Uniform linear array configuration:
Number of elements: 16
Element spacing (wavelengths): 1
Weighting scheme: cosine
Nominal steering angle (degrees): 60
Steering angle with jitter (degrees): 61.661
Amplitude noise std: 0.05
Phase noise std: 0.05

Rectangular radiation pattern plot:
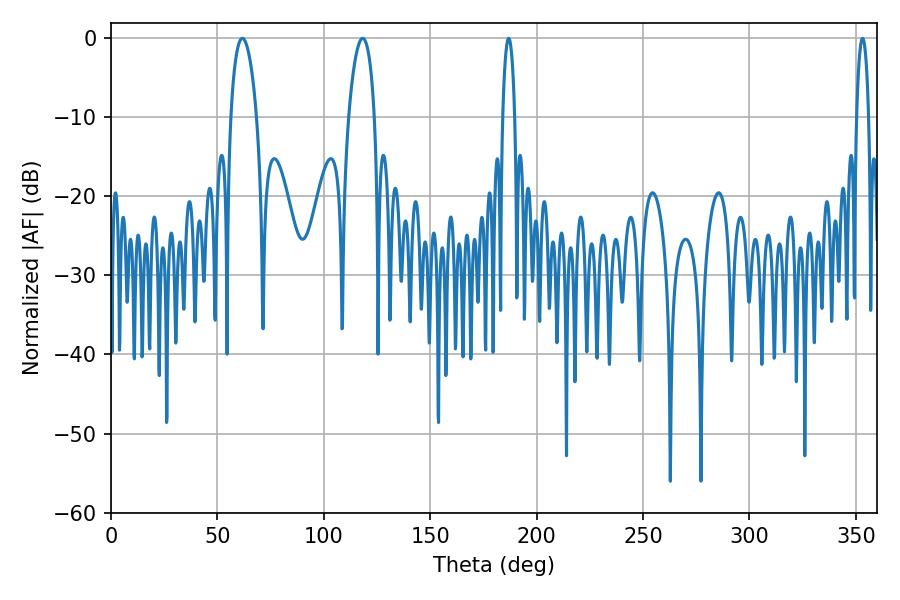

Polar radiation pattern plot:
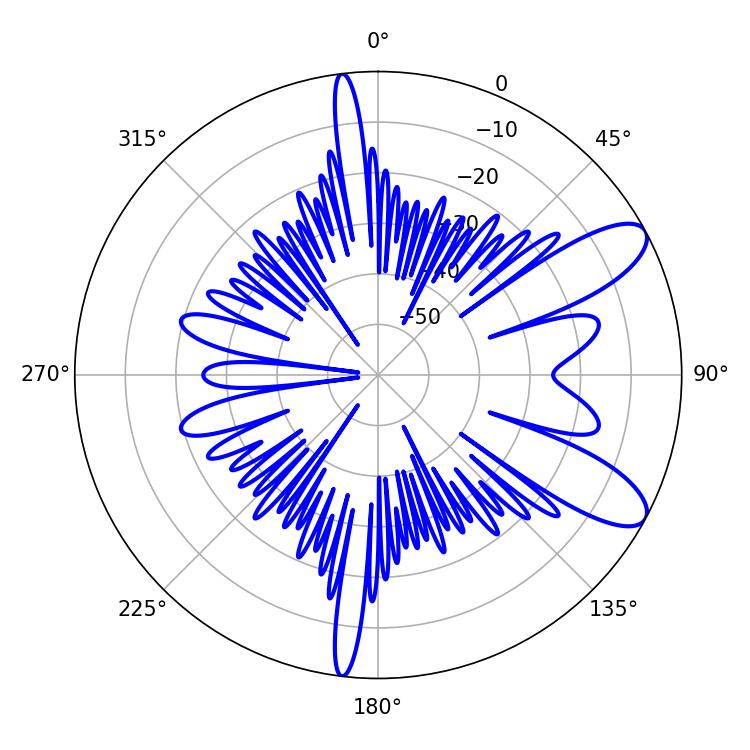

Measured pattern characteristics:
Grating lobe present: TRUE
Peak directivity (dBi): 9.642
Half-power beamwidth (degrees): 6.84
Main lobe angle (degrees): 61.74